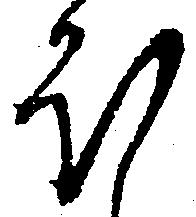
ほ